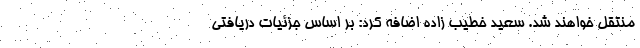
منتقل خواهند شد. سعید خطیب زاده اضافه کرد: بر اساس جزئیات دریافتی